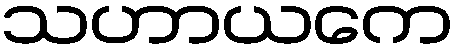
သဟာယကေ